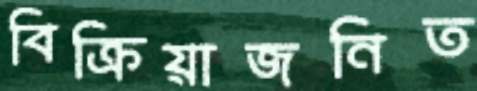
বিক্রিয়াজনিত